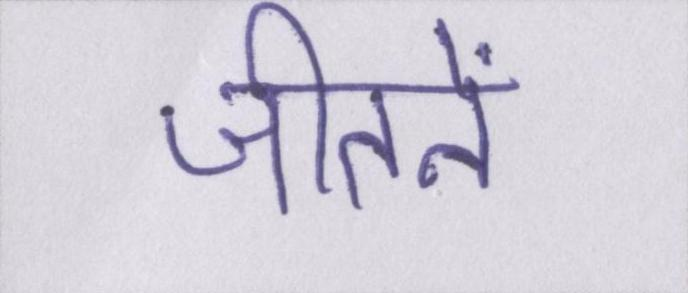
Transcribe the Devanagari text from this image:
जीतनें